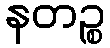
နတဉ္စ